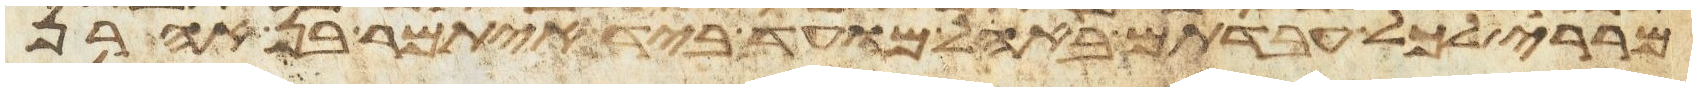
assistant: מררי לכל עבדתם באהל מועד ביד איתמר בן אהרן